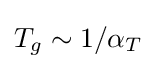
T_{g}\sim 1/\alpha _{T}